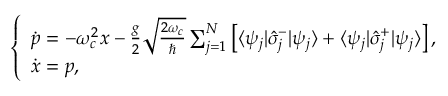
\begin{array} { r } { \left\{ \begin{array} { l l } { \dot { p } = - \omega _ { c } ^ { 2 } x - \frac { g } { 2 } \sqrt { \frac { 2 \omega _ { c } } { \hbar } } \sum _ { j = 1 } ^ { N } \left[ \langle \psi _ { j } | \hat { \sigma } _ { j } ^ { - } | \psi _ { j } \rangle + \langle \psi _ { j } | \hat { \sigma } _ { j } ^ { + } | \psi _ { j } \rangle \right] , } \\ { \dot { x } = p , } \end{array} \right. } \end{array}